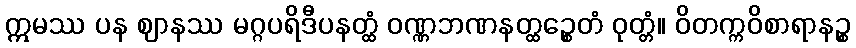
ဣမဿ ပန ဈာနဿ မဂ္ဂပရိဒီပနတ္ထံ ဝဏ္ဏဘဏနတ္ထဉ္စေတံ ဝုတ္တံ။ ဝိတက္ကဝိစာရာနဉ္စ